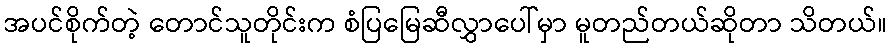
အပင်စိုက်တဲ့ တောင်သူတိုင်းက စံပြမြေဆီလွှာပေါ်မှာ မူတည်တယ်ဆိုတာ သိတယ်။